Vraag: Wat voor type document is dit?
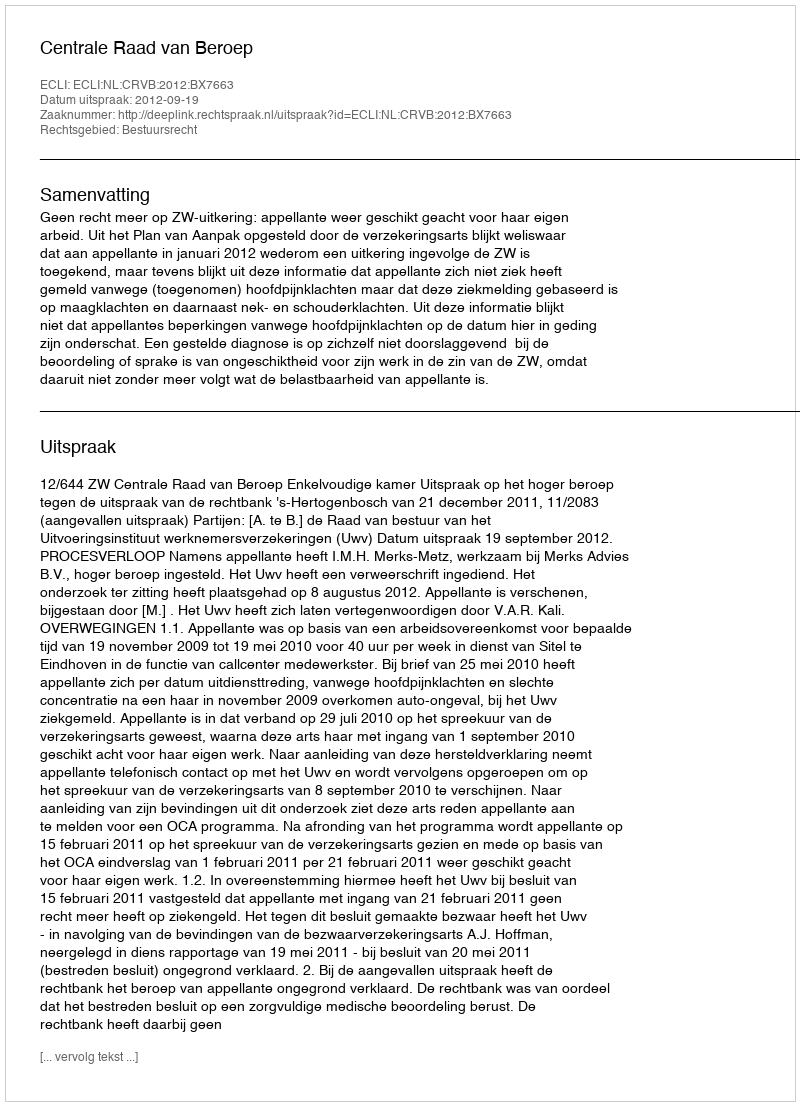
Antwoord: Uitspraak